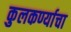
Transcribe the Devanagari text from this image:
कुलकर्ण्याचा